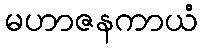
မဟာဇနကာယံ